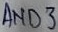
Text: AND3